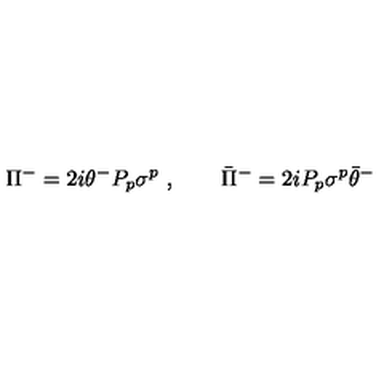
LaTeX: \Pi ^ { - } = 2 i \theta ^ { - } P _ { p } \sigma ^ { p } \ , \qquad \bar { \Pi } ^ { - } = 2 i P _ { p } \sigma ^ { p } \bar { \theta } ^ { - }